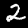
Label: 2